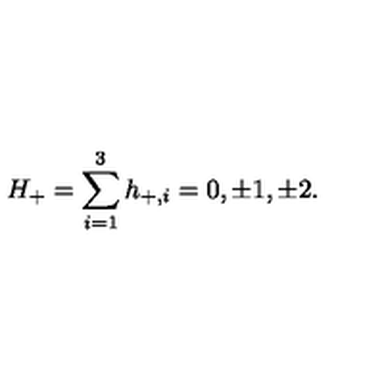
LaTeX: H _ { + } = \sum _ { i = 1 } ^ { 3 } h _ { + , i } = 0 , \pm 1 , \pm 2 .